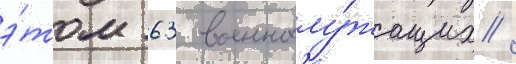
э́том 63 военнослу́жащих /